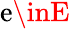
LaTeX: \mathrm{e}\inE